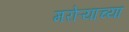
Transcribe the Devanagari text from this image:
मरोऱ्याच्या